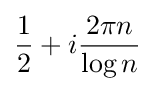
{\frac {1}{2}}+i{\frac {2\pi n}{\log n}}